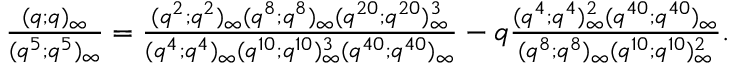
\begin{array} { r } { \frac { ( q ; q ) _ { \infty } } { ( q ^ { 5 } ; q ^ { 5 } ) _ { \infty } } = \frac { ( q ^ { 2 } ; q ^ { 2 } ) _ { \infty } ( q ^ { 8 } ; q ^ { 8 } ) _ { \infty } ( q ^ { 2 0 } ; q ^ { 2 0 } ) _ { \infty } ^ { 3 } } { ( q ^ { 4 } ; q ^ { 4 } ) _ { \infty } ( q ^ { 1 0 } ; q ^ { 1 0 } ) _ { \infty } ^ { 3 } ( q ^ { 4 0 } ; q ^ { 4 0 } ) _ { \infty } } - q \frac { ( q ^ { 4 } ; q ^ { 4 } ) _ { \infty } ^ { 2 } ( q ^ { 4 0 } ; q ^ { 4 0 } ) _ { \infty } } { ( q ^ { 8 } ; q ^ { 8 } ) _ { \infty } ( q ^ { 1 0 } ; q ^ { 1 0 } ) _ { \infty } ^ { 2 } } . } \end{array}